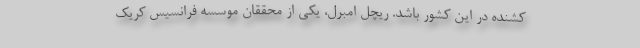
کشنده در این کشور باشد. ریچل امبرل، یکی از محققان موسسه فرانسیس کریک